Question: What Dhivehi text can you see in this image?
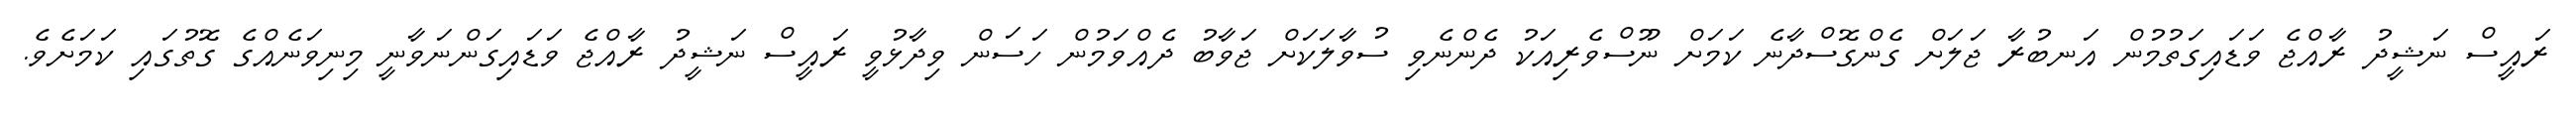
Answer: ރައީސް ނަޝީދު ރާއްޖެ ވަޑައިގަތުމުން އަނބުރާ ޖަލަށް ގެންގޮސްދާނެ ކަމަށް ނޫސްވެރިއަކު ދެންނެވި ސުވާލަކަށް ޖަވާބު ދެއްވަމުން ހަސަން ވިދާޅުވީ ރައީސް ނަޝީދު ރާއްޖެ ވަޑައިގަންނަވާނީ މިނިވަނެއްގެ ގޮތުގައި ކަމަށެވެ.